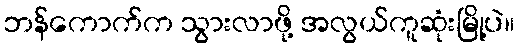
ဘန်ကောက်က သွားလာဖို့ အလွယ်ကူဆုံးမြို့ပဲ။